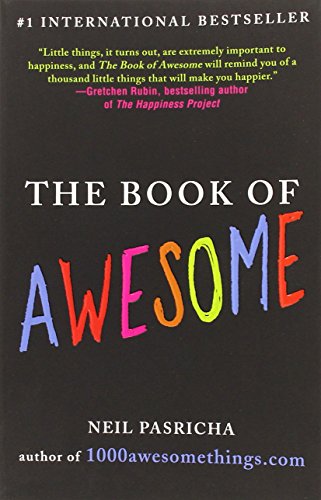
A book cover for The Book of Awesome; Neil Pasricha; Humor & Entertainment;